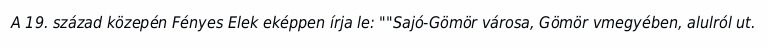
A 19. század közepén Fényes Elek eképpen írja le: ""Sajó-Gömör városa, Gömör vmegyében, alulról ut.